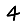
Digit: 4